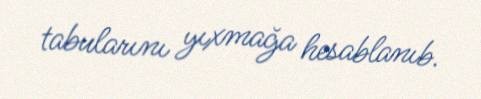
tabularını yıxmağa hesablanıb.